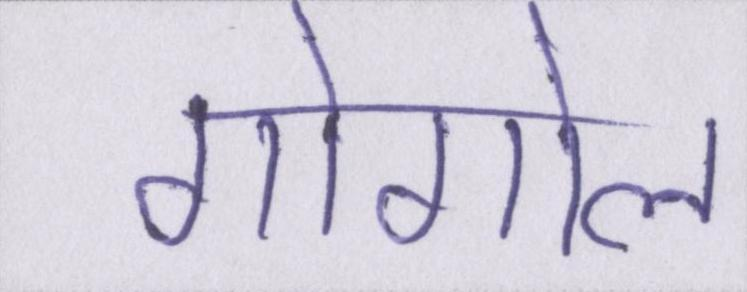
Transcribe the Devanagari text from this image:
गोगोल